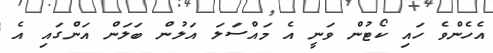
އެހެންވެ ހައި ކޯޓުން ވަނީ އެ މައްސަލަ އަލުން ބަލަން އަންގައި އެ